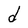
Character: d